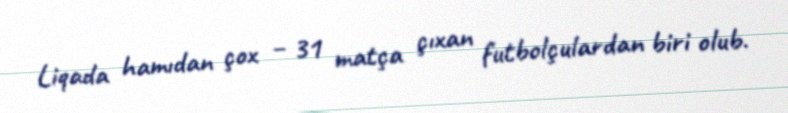
Liqada hamıdan çox – 31 matça çıxan futbolçulardan biri olub.